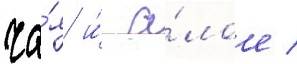
ча́я и́ а́лое /